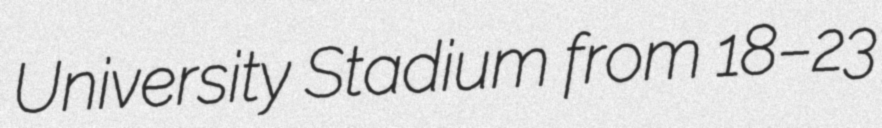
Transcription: University Stadium from 18–23